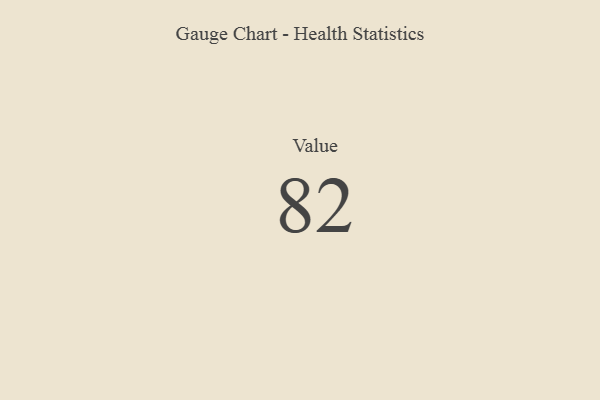
{"axis": {"x": "Metric", "y": "Value"}, "legend": [""], "data": [{"x": "Value", "y": 82, "type": ""}]}